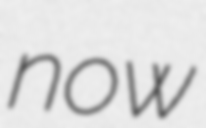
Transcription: now